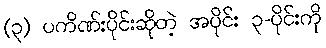
(၃) ပကိဏ်းပိုင်းဆိုတဲ့ အပိုင်း ၃-ပိုင်းကို